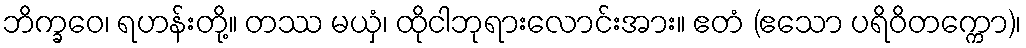
ဘိက္ခဝေ၊ ရဟန်းတို့။ တဿ မယှံ၊ ထိုငါဘုရားလောင်းအား။ ဧတံ (ဧသော ပရိဝိတက္ကော)၊